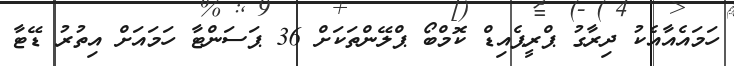
ހަމައެއާއެކު ދިރާގު ޕްރީޕެއިޑް ކޮމްބޯ ޕްލޭންތަކަށް 36 ޕަސަންޓާ ހަމައަށް އިތުރު ޑޭޓާ